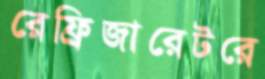
রেফ্রিজারেটরে